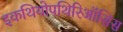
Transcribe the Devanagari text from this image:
इकथियोपथिरिऑसिस